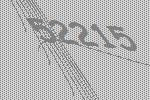
52215